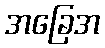
အခြေအ